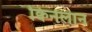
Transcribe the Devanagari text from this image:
क्विनलान